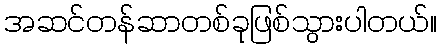
အဆင်တန်ဆာတစ်ခုဖြစ်သွားပါတယ်။